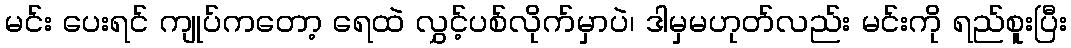
မင်း ပေးရင် ကျုပ်ကတော့ ရေထဲ လွှင့်ပစ်လိုက်မှာပဲ၊ ဒါမှမဟုတ်လည်း မင်းကို ရည်စူးပြီး